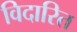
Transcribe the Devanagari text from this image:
विदारित